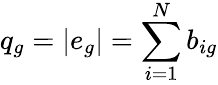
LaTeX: q_{g}=|e_{g}|=\sum_{i=1}^{N}b_{ig}